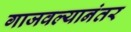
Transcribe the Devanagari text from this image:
गाजवल्यानंतर